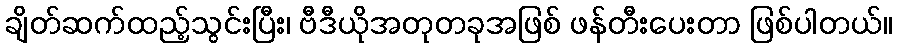
ချိတ်ဆက်ထည့်သွင်းပြီး၊ ဗီဒီယိုအတုတခုအဖြစ် ဖန်တီးပေးတာ ဖြစ်ပါတယ်။